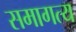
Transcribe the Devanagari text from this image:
समागत्य